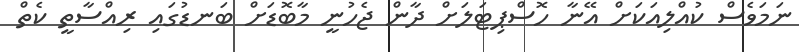
ނަމަވެސް ކުއްލިއަކަށް އޭނާ ހޮސްޕިޓަލަށް ދާން ޖެހުނީ މާބޮޑަށް ބަނޑުގައި ރިއްސާތީ ކެތް